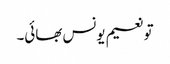
تو نعیم یونس بھائی۔